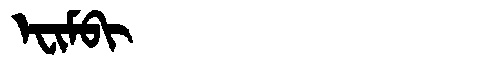
Manchu: ᡝᠸᡳᠮᠪᡳ
Romanization: EFIMBI